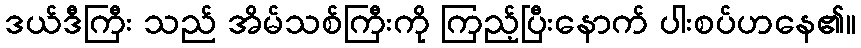
ဒယ်ဒီကြီး သည် အိမ်သစ်ကြီးကို ကြည့်ပြီးနောက် ပါးစပ်ဟနေ၏။